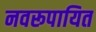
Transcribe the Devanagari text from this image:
नवरूपायित